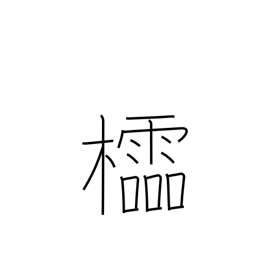
Meaning: latticework